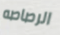
الرصاصه